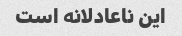
این ناعادلانه است